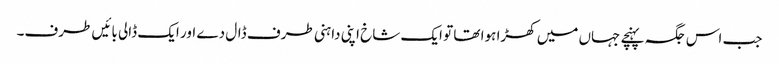
جب اس جگہ پہنچے جہاں میں کھڑا ہوا تھا تو ایک شاخ اپنی داہنی طرف ڈال دے اور ایک ڈالی بائیں طرف۔